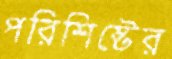
পরিশিষ্টের